Problem: 21 + 15 = ?
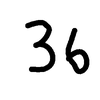
Handwritten answer: 36